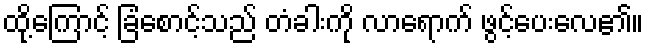
ထို့ကြောင့် ခြံစောင့်သည် တံခါးကို လာရောက် ဖွင့်ပေးလေ၏။